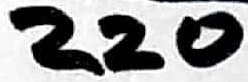
Text: 220